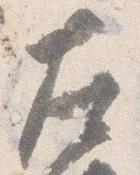
左